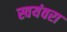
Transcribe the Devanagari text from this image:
स्वयंवरा